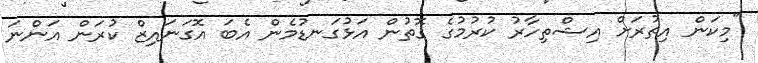
"މިކަން އިތުރަށް އިޝްތިހާރު ކުރުމުގެ ގޮތުން އަޅުގަނޑުމެން އެބަ އޮގަނައިޒް ކުރަން އަންނަ